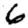
Digit: 6